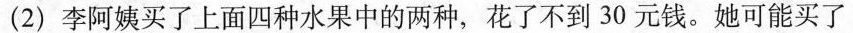
(2)李阿姨买了上面四种水果中的两种，花了不到30元钱。她可能买了